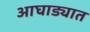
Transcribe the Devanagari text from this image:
आघाड्यात